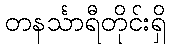
တနင်္သာရီတိုင်းရှိ